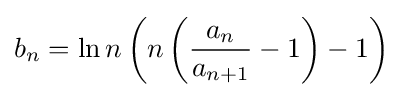
b_{n}=\ln n\left(n\left({\frac {a_{n}}{a_{n+1}}}-1\right)-1\right)